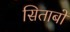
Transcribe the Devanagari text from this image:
सिताबों